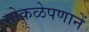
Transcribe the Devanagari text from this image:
मोकळेपणानें